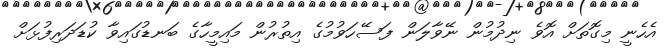
އެހެނީ މިގޮތަށް އޮވެ ނިދުމުން ނޭވާލަން ފަސޭހަވުމުގެ އިތުރުން މައިމީހާގެ ބަނޑުގައިވާ ކުޑަދަރިފުޅަށް